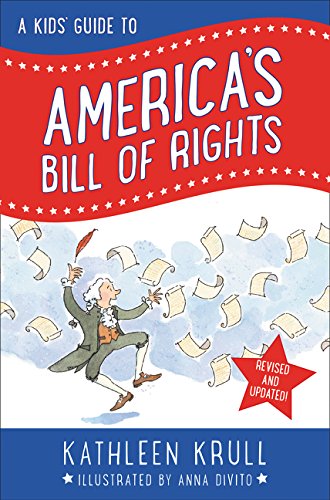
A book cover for A Kids' Guide to America's Bill of Rights (revised edition); Kathleen Krull; Children's Books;